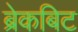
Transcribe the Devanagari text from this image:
ब्रेकबिट